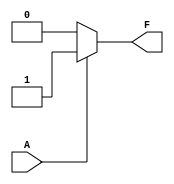
module single_variable_kmap (
    input wire A,   // Input variable
    output wire F   // Output variable
);

// K-map logic implementation
assign F = (A == 1'b1) ? 1'b1 : 1'b0; // F = 1 when A = 1, F = 0 when A = 0

endmodule